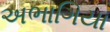
અભાગિયા